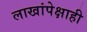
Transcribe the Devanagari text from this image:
लाखांपेक्षाही